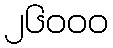
၂၆၀၀၀